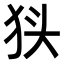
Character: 𭸃